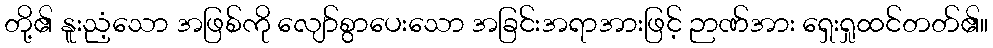
တို့၏ နူးညံ့သော အဖြစ်ကို လျော်စွာပေးသော အခြင်းအရာအားဖြင့် ဉာဏ်အား ရှေးရှုထင်တတ်၏။